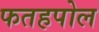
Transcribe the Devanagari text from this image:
फतहपोल